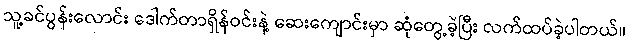
သူ့ခင်ပွန်းလောင်း ဒေါက်တာရှိန်ဝင်းနဲ့ ဆေးကျောင်းမှာ ဆုံတွေ့ခဲ့ပြီး လက်ထပ်ခဲ့ပါတယ်။